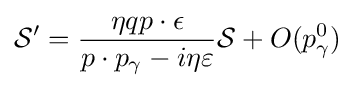
{\cal {S}}'={\frac {\eta qp\cdot \epsilon }{p\cdot p_{\gamma }-i\eta \varepsilon }}{\cal {S}}+O(p_{\gamma }^{0})